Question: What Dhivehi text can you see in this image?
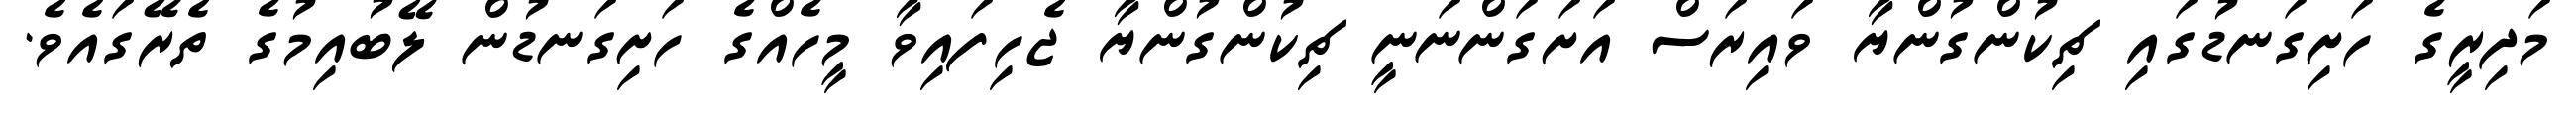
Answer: މަދިރީގެ ހަށިގަނޑުގައި ޗިކުންގުންޔާ ވައިރަސް އަށަގަންނަނީ ޗިކުންގުންޔާ ޖެހިފައިވާ މީހެއްގެ ހަށިގަނޑުން ލޭބުއިމުގެ ތެރޭގައެވެ.